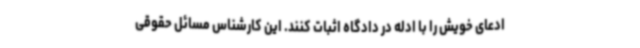
ادعای خویش را با ادله در دادگاه اثبات کنند. این کارشناس مسائل حقوقی